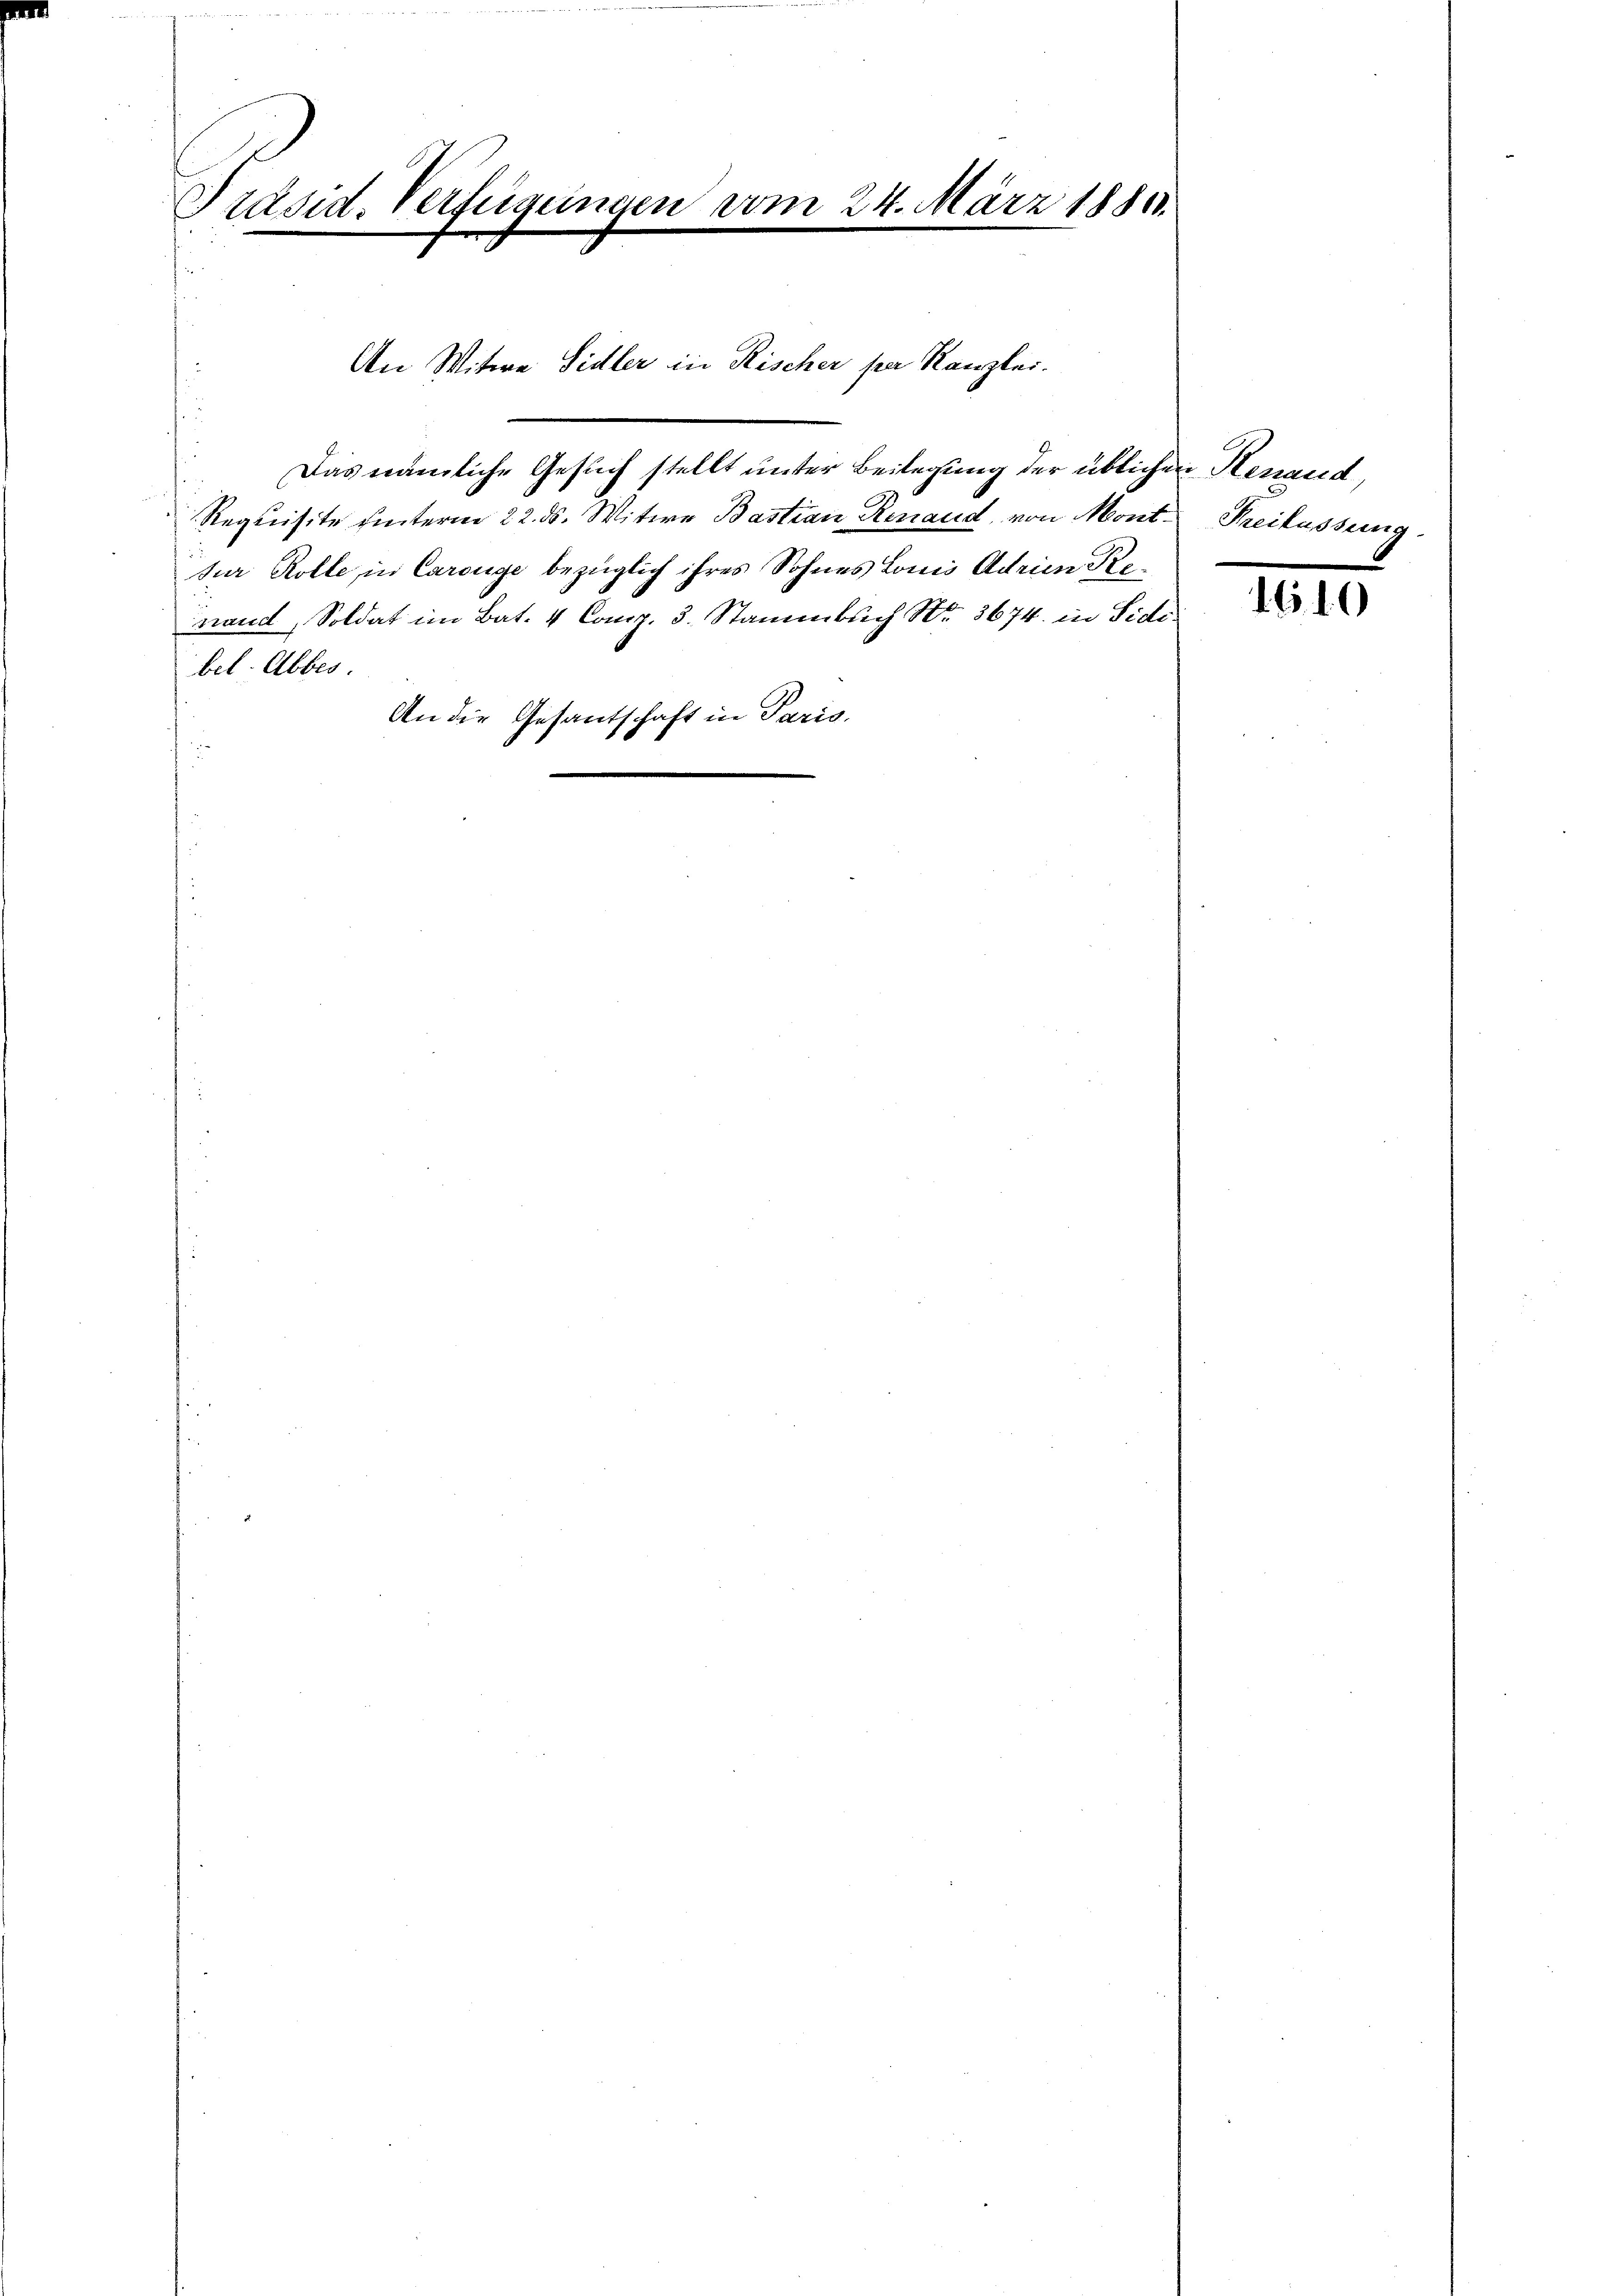
Präsid. Verfügungen vom 24. März 1883.

Das nämliche Gesuch stellt unter Beilegung der üblichen Renaud,
Requisite hinterm 22. ds. Witwe Bastian Renaud, von Mont. Freilassung
Jur Rolle, in Carouge bezüglich ihres Sohnes Lones Adrien Renand, Soldat im Bat. 4 Comp. 3. Stammbuch No. 3674. in Side.
bel. Abbes.
An die Gesantschaft in Paris.

An Witwe Sidler in Rischer per Kanzlei.

1G10